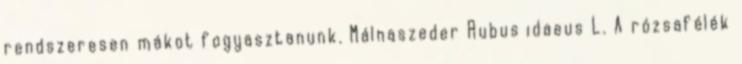
rendszeresen mákot fogyasztanunk. Málnaszeder Rubus idaeus L. A rózsafélék